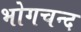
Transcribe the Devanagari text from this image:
भोगचन्द